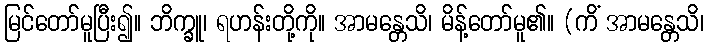
မြင်တော်မူပြီး၍။ ဘိက္ခူ၊ ရဟန်းတို့ကို။ အာမန္တေသိ၊ မိန့်တော်မူ၏။ (ကိံ အာမန္တေသိ၊